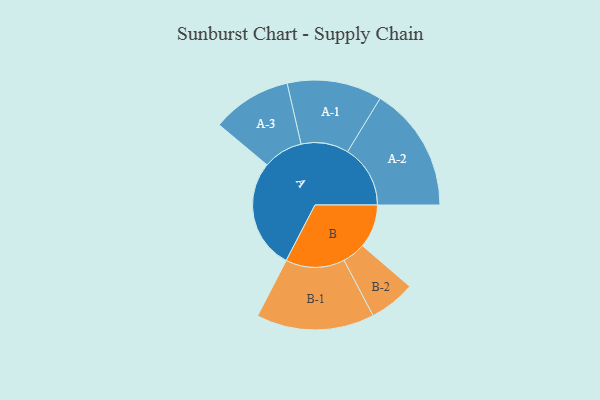
{"axis": {"x": "Segment", "y": "Value"}, "legend": ["", "A", "B"], "data": [{"x": "A", "y": 474, "type": ""}, {"x": "B", "y": 188, "type": ""}, {"x": "A-1", "y": 205, "type": "A"}, {"x": "A-2", "y": 271, "type": "A"}, {"x": "A-3", "y": 172, "type": "A"}, {"x": "B-1", "y": 255, "type": "B"}, {"x": "B-2", "y": 100, "type": "B"}]}